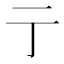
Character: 亍